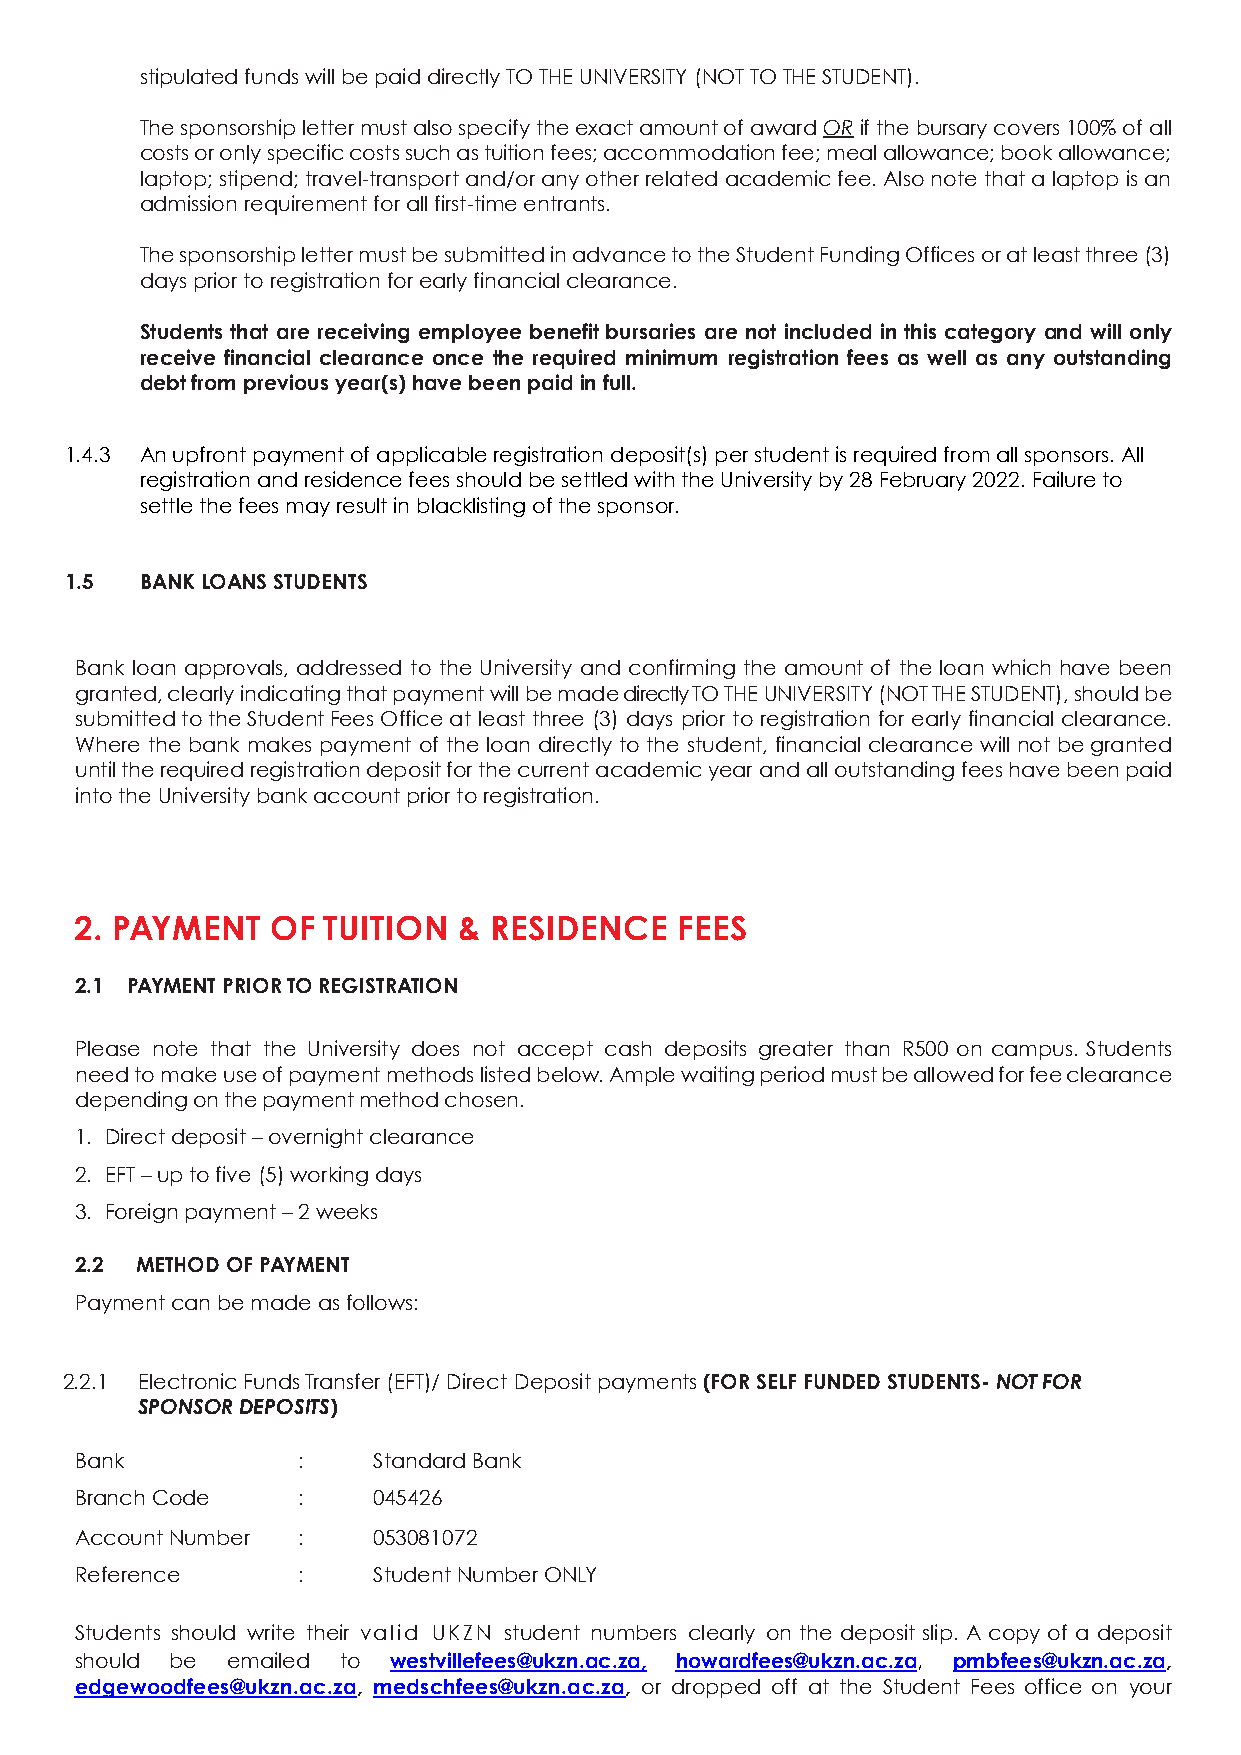
stipulated funds will be paid directly TO THE UNIVERSITY (NOT TO THE STUDENT).
 The sponsorship letter must also specify the exact amount of award OR if the bursary covers 100% of all
 costs or only specific costs such as tuition fees; accommodation fee; meal allowance; book allowance;
 laptop; stipend; travel-transport and/or any other related academic fee. Also note that a laptop is an
 admission requirement for all first-time entrants.
 The sponsorship letter must be submitted in advance to the Student Funding Offices or at least three (3)
 days prior to registration for early financial clearance.
 Students that are receiving employee benefit bursaries are not included in this category and will only
 receive financial clearance once the required minimum registration fees as well as any outstanding
 debt from previous year(s) have been paid in full.
 1.4.3 An upfront payment of applicable registration deposit(s) per student is required from all sponsors. All
 registration and residence fees should be settled with the University by 28 February 2022. Failure to
 settle the fees may result in blacklisting of the sponsor.
 1.5  BANK LOANS STUDENTS
 Bank loan approvals, addressed to the University and confirming the amount of the loan which have been
 granted, clearly indicating that payment will be made directly TO THE UNIVERSITY (NOT THE STUDENT), should be
 submitted to the Student Fees Office at least three (3) days prior to registration for early financial clearance.
 Where the bank makes payment of the loan directly to the student, financial clearance will not be granted
 until the required registration deposit for the current academic year and all outstanding fees have been paid
 into the University bank account prior to registration.
 2. PAYMENT   OF TUITION  & RESIDENCE    FEES
 2.1 PAYMENT PRIOR TO REGISTRATION
 Please note that the University does not accept cash deposits greater than R500 on campus. Students
 need to make use of payment methods listed below. Ample waiting period must be allowed for fee clearance
 depending on the payment method chosen.
 1. Direct deposit – overnight clearance
 2. EFT – up to five (5) working days
 3. Foreign payment – 2 weeks
 2.2 METHOD OF PAYMENT
 Payment can be made as follows:
 2.2.1 Electronic Funds Transfer (EFT) / Direct Deposit payments (FOR SELF FUNDED STUDENTS- NOT FOR
 SPONSOR DEPOSITS)
 Bank           :    Standard Bank
 Branch Code    :    045426
 Account Number :    053081072
 Reference      :    Student Number ONLY
 Students should write their valid UKZN student numbers clearly on the deposit slip. A copy of a deposit
 should be emailed to westvillefees@ukzn.ac.za, howardfees@ukzn.ac.za, pmbfees@ukzn.ac.za,
 edgewoodfees@ukzn.ac.za, medschfees@ukzn.ac.za, or dropped off at the Student Fees office on your